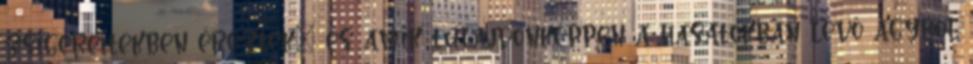
zsigereitekben éreztek” és amik tulajdonképpen a hasatokban lévő agyból